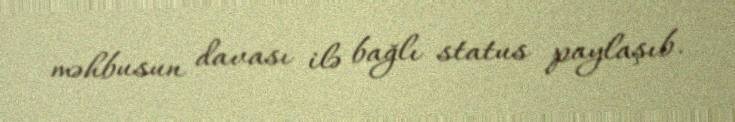
məhbusun davası ilə bağlı status paylaşıb.